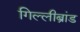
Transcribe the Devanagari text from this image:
गिल्लीब्रांड